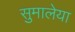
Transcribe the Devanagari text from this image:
सुमालेया